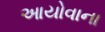
આયોવાના